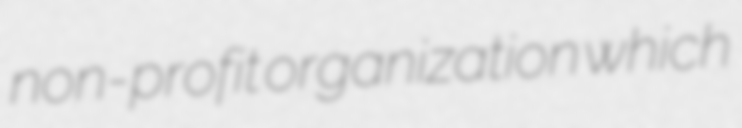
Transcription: non-profit organization which